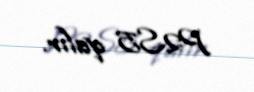
P2S5 qalır.